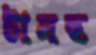
টানছ